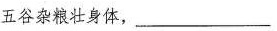
五谷杂粮壮身体，_________